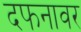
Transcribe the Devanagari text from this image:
दफनावर